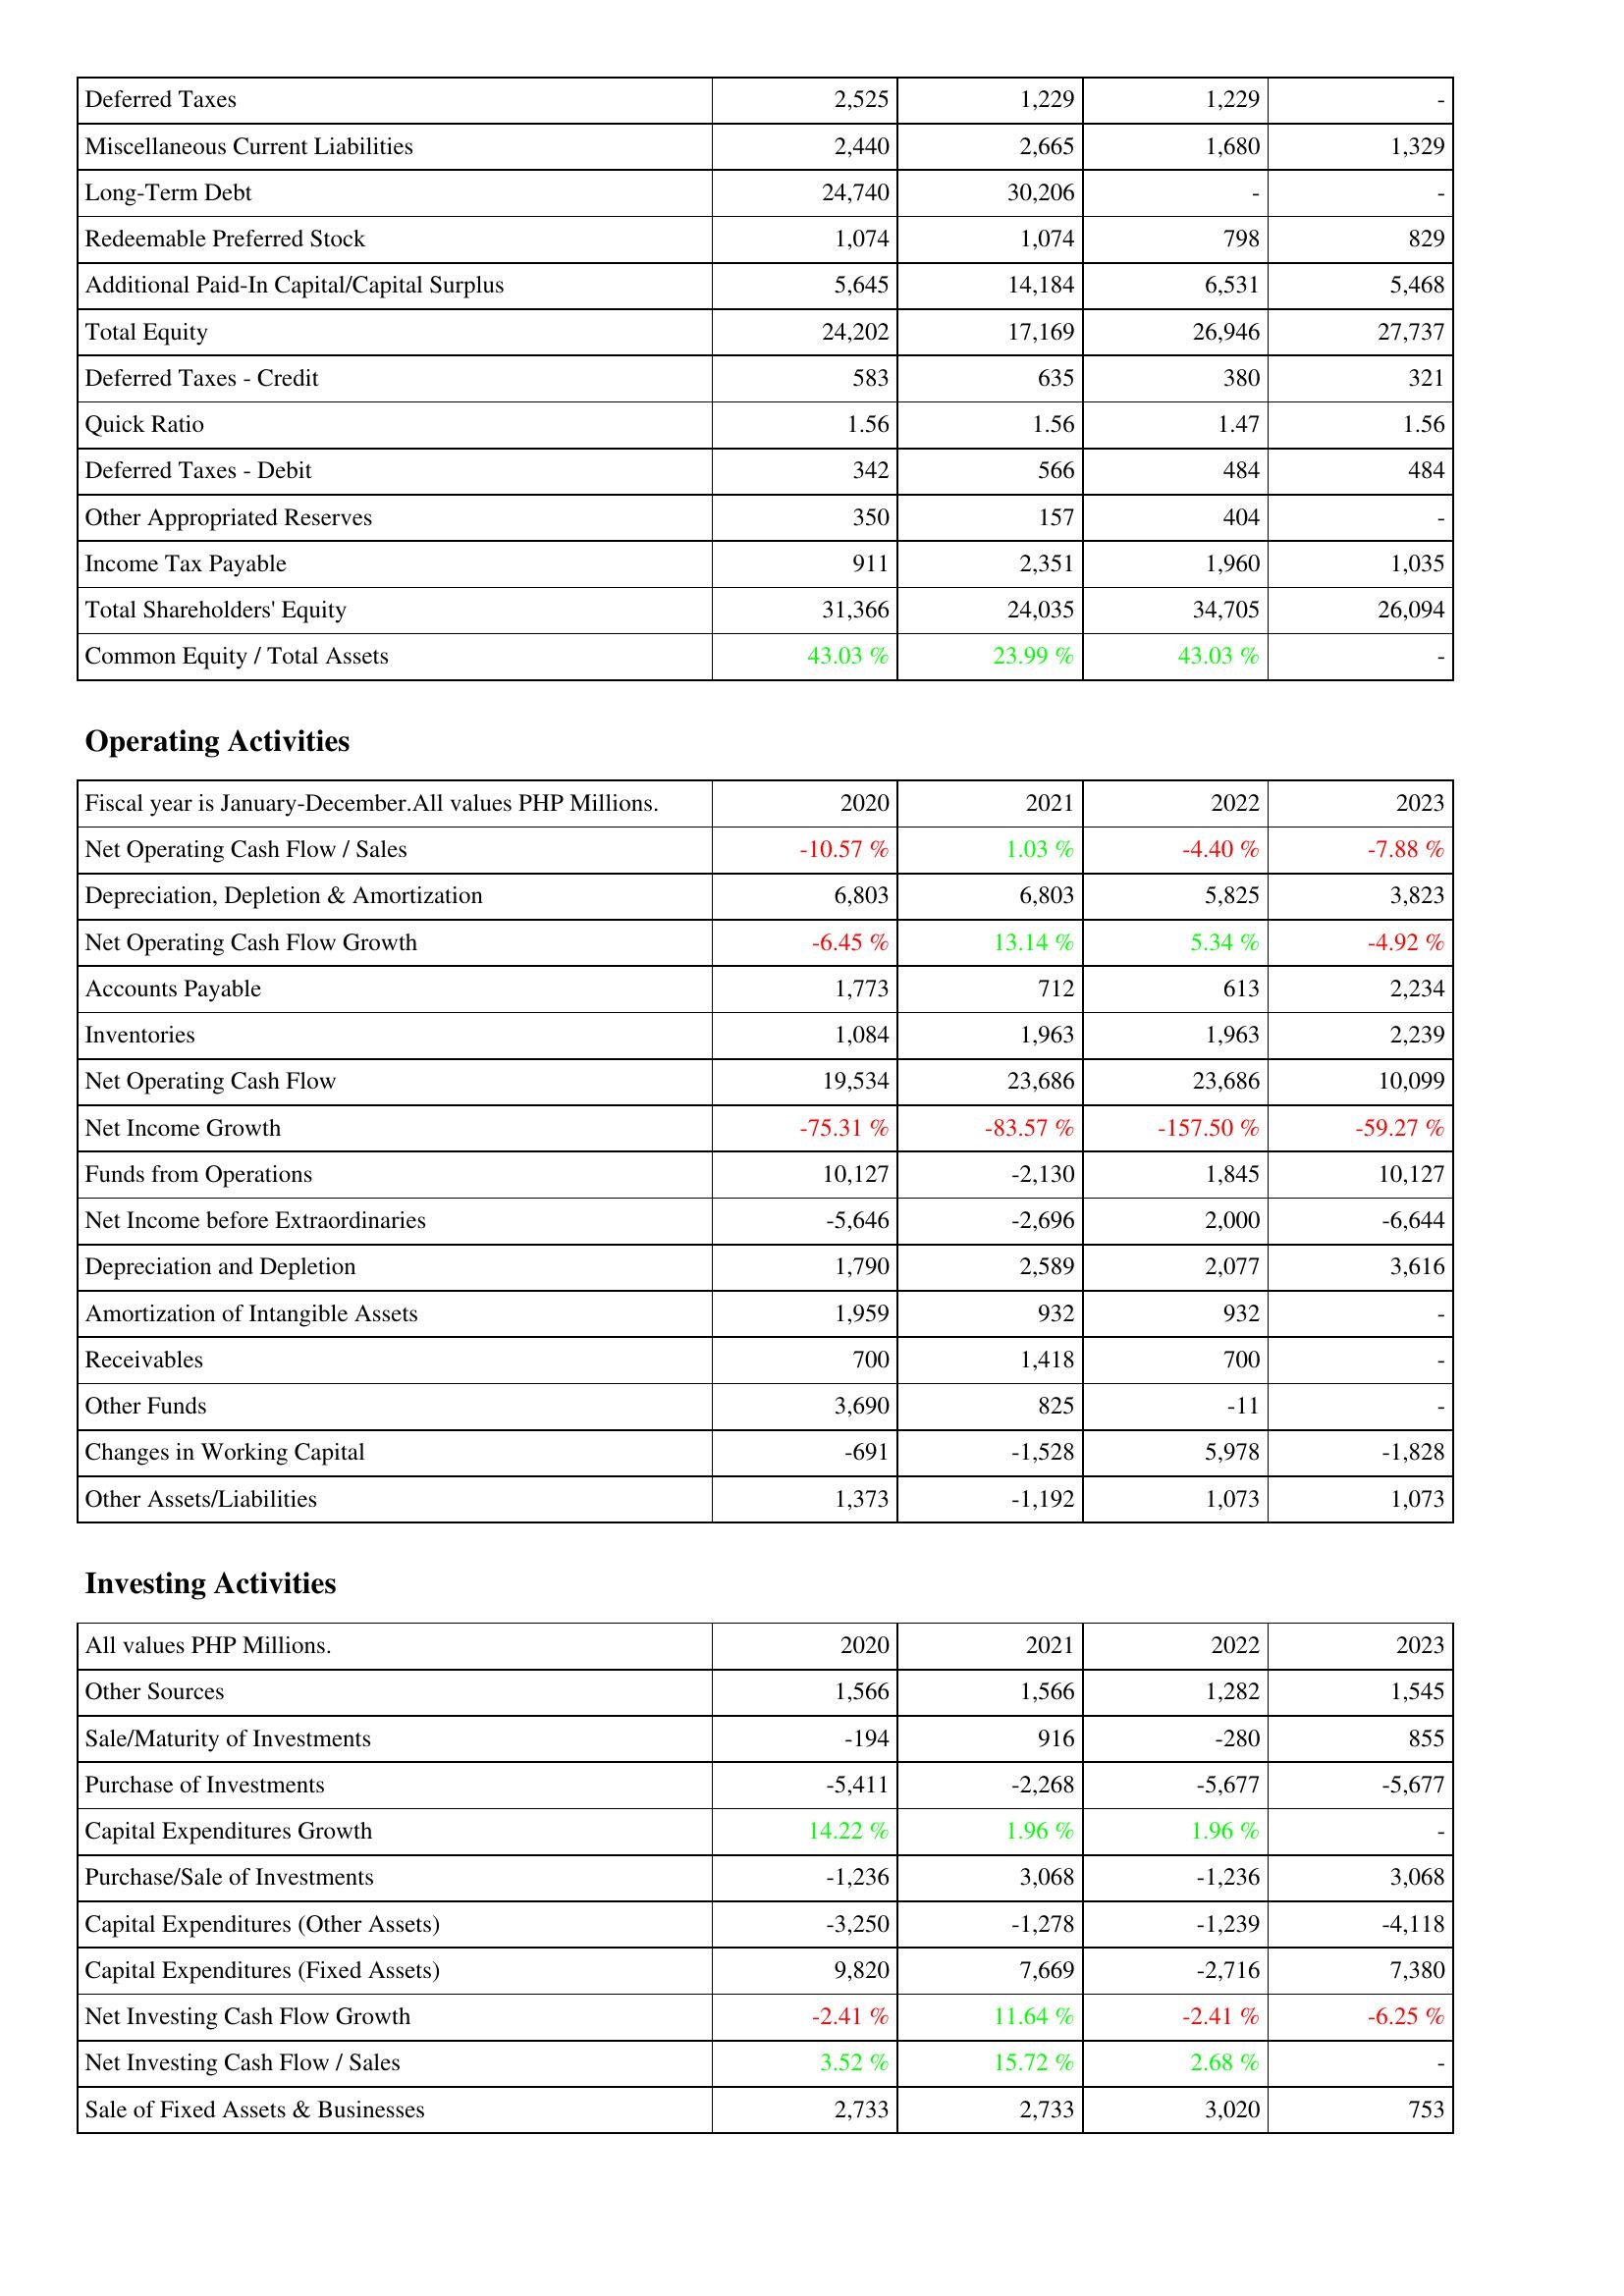
2020: Liabilities & Shareholders' Equity: Deferred Taxes: 2,525
Miscellaneous Current Liabilities: 2,440
Long-Term Debt: 24,740
Redeemable Preferred Stock: 1,074
Additional Paid-In Capital/Capital Surplus: 5,645
Total Equity: 24,202
Deferred Taxes - Credit: 583
Quick Ratio: 1.56
Deferred Taxes - Debit: 342
Other Appropriated Reserves: 350
Income Tax Payable: 911
Total Shareholders' Equity: 31,366
Common Equity / Total Assets: 43.03 %
Operating Activities: Net Operating Cash Flow / Sales: -10.57 %
Depreciation, Depletion & Amortization: 6,803
Net Operating Cash Flow Growth: -6.45 %
Accounts Payable: 1,773
Inventories: 1,084
Net Operating Cash Flow: 19,534
Net Income Growth: -75.31 %
Funds from Operations: 10,127
Net Income before Extraordinaries: -5,646
Depreciation and Depletion: 1,790
Amortization of Intangible Assets: 1,959
Receivables: 700
Other Funds: 3,690
Changes in Working Capital: -691
Other Assets/Liabilities: 1,373
Investing Activities: Other Sources: 1,566
Sale/Maturity of Investments: -194
Purchase of Investments: -5,411
Capital Expenditures Growth: 14.22 %
Purchase/Sale of Investments: -1,236
Capital Expenditures (Other Assets): -3,250
Capital Expenditures (Fixed Assets): 9,820
Net Investing Cash Flow Growth: -2.41 %
Net Investing Cash Flow / Sales: 3.52 %
Sale of Fixed Assets & Businesses: 2,733
2021: Liabilities & Shareholders' Equity: Deferred Taxes: 1,229
Miscellaneous Current Liabilities: 2,665
Long-Term Debt: 30,206
Redeemable Preferred Stock: 1,074
Additional Paid-In Capital/Capital Surplus: 14,184
Total Equity: 17,169
Deferred Taxes - Credit: 635
Quick Ratio: 1.56
Deferred Taxes - Debit: 566
Other Appropriated Reserves: 157
Income Tax Payable: 2,351
Total Shareholders' Equity: 24,035
Common Equity / Total Assets: 23.99 %
Operating Activities: Net Operating Cash Flow / Sales: 1.03 %
Depreciation, Depletion & Amortization: 6,803
Net Operating Cash Flow Growth: 13.14 %
Accounts Payable: 712
Inventories: 1,963
Net Operating Cash Flow: 23,686
Net Income Growth: -83.57 %
Funds from Operations: -2,130
Net Income before Extraordinaries: -2,696
Depreciation and Depletion: 2,589
Amortization of Intangible Assets: 932
Receivables: 1,418
Other Funds: 825
Changes in Working Capital: -1,528
Other Assets/Liabilities: -1,192
Investing Activities: Other Sources: 1,566
Sale/Maturity of Investments: 916
Purchase of Investments: -2,268
Capital Expenditures Growth: 1.96 %
Purchase/Sale of Investments: 3,068
Capital Expenditures (Other Assets): -1,278
Capital Expenditures (Fixed Assets): 7,669
Net Investing Cash Flow Growth: 11.64 %
Net Investing Cash Flow / Sales: 15.72 %
Sale of Fixed Assets & Businesses: 2,733
2022: Liabilities & Shareholders' Equity: Deferred Taxes: 1,229
Miscellaneous Current Liabilities: 1,680
Long-Term Debt: -
Redeemable Preferred Stock: 798
Additional Paid-In Capital/Capital Surplus: 6,531
Total Equity: 26,946
Deferred Taxes - Credit: 380
Quick Ratio: 1.47
Deferred Taxes - Debit: 484
Other Appropriated Reserves: 404
Income Tax Payable: 1,960
Total Shareholders' Equity: 34,705
Common Equity / Total Assets: 43.03 %
Operating Activities: Net Operating Cash Flow / Sales: -4.40 %
Depreciation, Depletion & Amortization: 5,825
Net Operating Cash Flow Growth: 5.34 %
Accounts Payable: 613
Inventories: 1,963
Net Operating Cash Flow: 23,686
Net Income Growth: -157.50 %
Funds from Operations: 1,845
Net Income before Extraordinaries: 2,000
Depreciation and Depletion: 2,077
Amortization of Intangible Assets: 932
Receivables: 700
Other Funds: -11
Changes in Working Capital: 5,978
Other Assets/Liabilities: 1,073
Investing Activities: Other Sources: 1,282
Sale/Maturity of Investments: -280
Purchase of Investments: -5,677
Capital Expenditures Growth: 1.96 %
Purchase/Sale of Investments: -1,236
Capital Expenditures (Other Assets): -1,239
Capital Expenditures (Fixed Assets): -2,716
Net Investing Cash Flow Growth: -2.41 %
Net Investing Cash Flow / Sales: 2.68 %
Sale of Fixed Assets & Businesses: 3,020
2023: Liabilities & Shareholders' Equity: Deferred Taxes: -
Miscellaneous Current Liabilities: 1,329
Long-Term Debt: -
Redeemable Preferred Stock: 829
Additional Paid-In Capital/Capital Surplus: 5,468
Total Equity: 27,737
Deferred Taxes - Credit: 321
Quick Ratio: 1.56
Deferred Taxes - Debit: 484
Other Appropriated Reserves: -
Income Tax Payable: 1,035
Total Shareholders' Equity: 26,094
Common Equity / Total Assets: -
Operating Activities: Net Operating Cash Flow / Sales: -7.88 %
Depreciation, Depletion & Amortization: 3,823
Net Operating Cash Flow Growth: -4.92 %
Accounts Payable: 2,234
Inventories: 2,239
Net Operating Cash Flow: 10,099
Net Income Growth: -59.27 %
Funds from Operations: 10,127
Net Income before Extraordinaries: -6,644
Depreciation and Depletion: 3,616
Amortization of Intangible Assets: -
Receivables: -
Other Funds: -
Changes in Working Capital: -1,828
Other Assets/Liabilities: 1,073
Investing Activities: Other Sources: 1,545
Sale/Maturity of Investments: 855
Purchase of Investments: -5,677
Capital Expenditures Growth: -
Purchase/Sale of Investments: 3,068
Capital Expenditures (Other Assets): -4,118
Capital Expenditures (Fixed Assets): 7,380
Net Investing Cash Flow Growth: -6.25 %
Net Investing Cash Flow / Sales: -
Sale of Fixed Assets & Businesses: 753